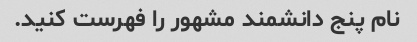
نام پنج دانشمند مشهور را فهرست کنید.